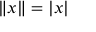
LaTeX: \left\| x \right\| = \left| x \right|